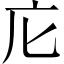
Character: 庀